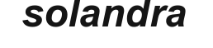
solandra